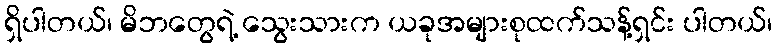
ရှိပါတယ်၊ မိဘတွေရဲ့ သွေးသားက ယခုအများစုထက်သန့်ရှင်း ပါတယ်၊